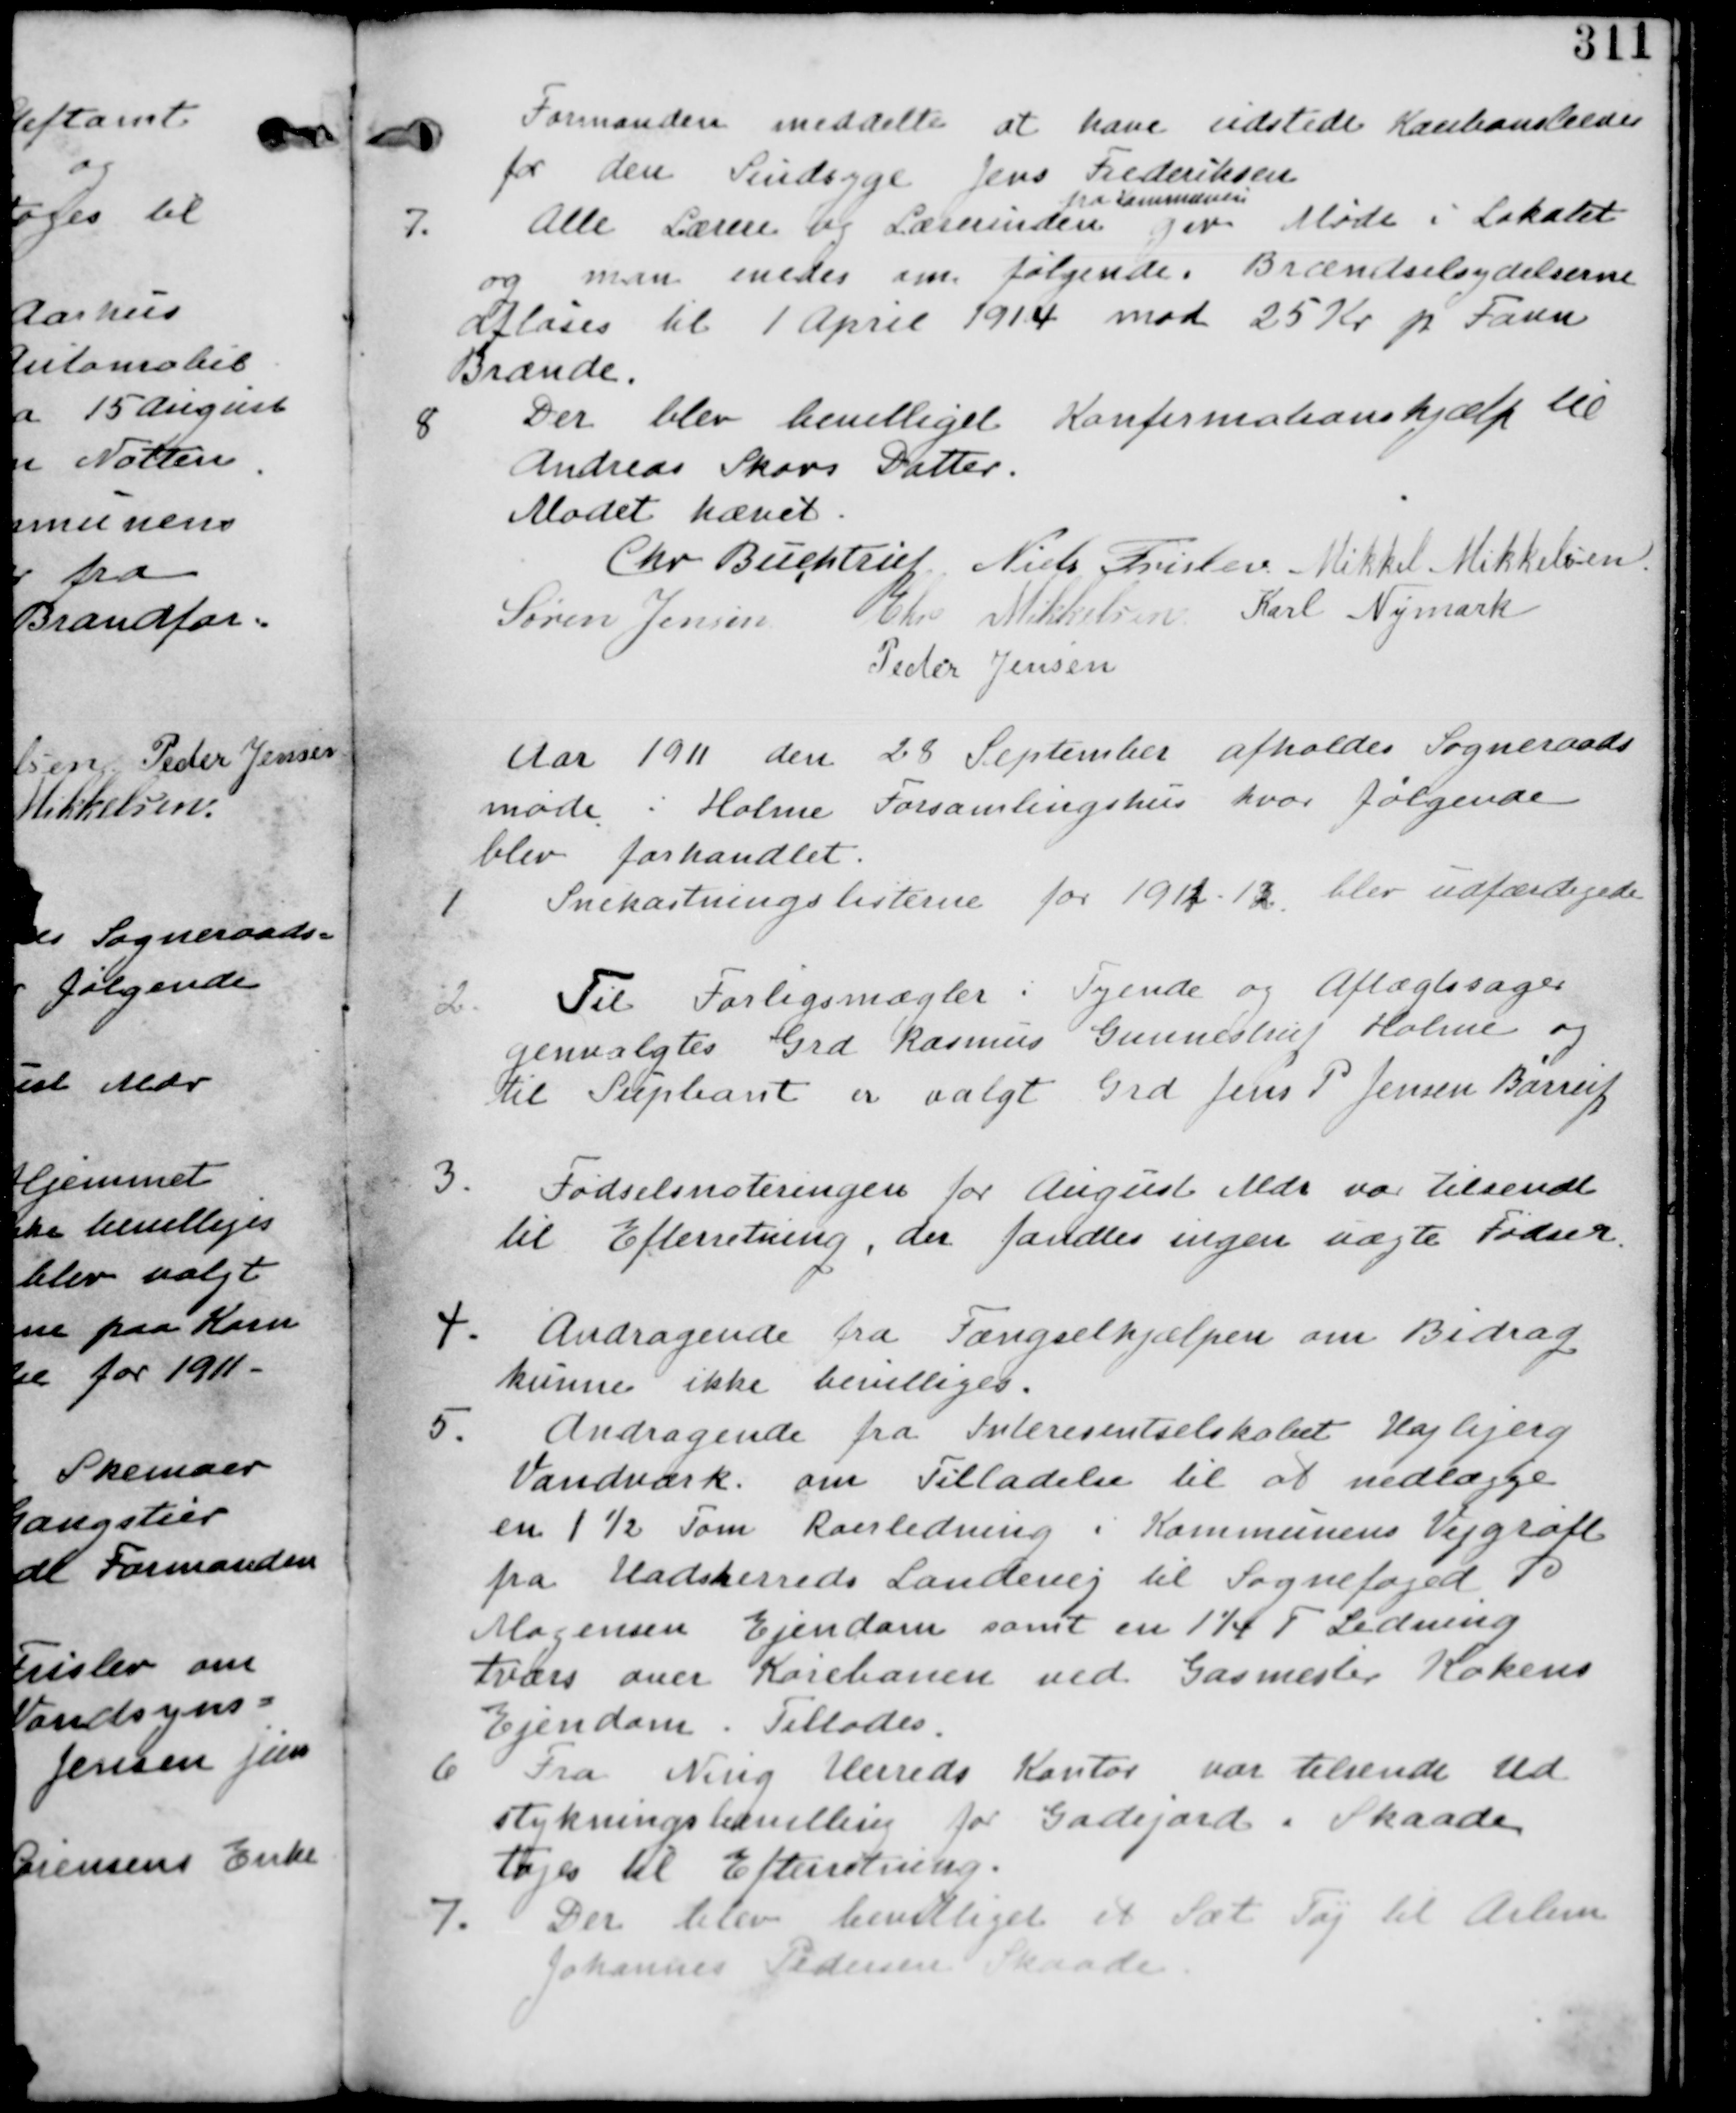
Transskription:
Formanden meddelte at have udstede Kautionsbrev
for den Sindsyge
Jens Frederiksen.

7.
Alle Lærere og Lærerinder
fra Kommunen
gav Møde i Lokalet
og man enedes om følgende. Brændselsydelserne
afløses til 1. April 1914 mod 25 Kr. pr. Faun
Brænde.

8.
Der blev bevilliget Konfirmationshjælp til
Andreas Skovs Datter.

Mødet hævet.

Niels Buchtrup, Niels Frislev, Mikkel Mikkelsen

Søren Jensen, Chr. Mikkelsen, Karl Nymark

Peder Jensen.

Aar 1911 den 28. September afholdes Sogneraads-
møde i Holme Forsamlingshus hvor følgende
blev forhandlet.

1. Snekastningslisterne for 1911-13 blev udfærdigede

2. Til Forligsmægler i Tyende og Aftægtssager
Genvalgtes Grd. Rasmus Gunneshøj Holme og
til Supleant er valgt Grd. Jens P. Jensen

3. Fødselsnoteringen for August Mdr. var tilsendt
til Efterretning, der fandtes ingen uægte Fødsler.

4. Andragende fra Fængselshjælpen om Bidrag
kunne ikke bevilliges.

5.
Andragende fra Interessentselskabet Kajbjerg
Vandværk. om Tilladelse til at nedlægge
en 1½ Tom Roerledning i Kommunens Vejgrøft
fra Hadsherreds Landevej til Sognefoged P
Mogensens Ejendom samt en 1 1/4 T. Ledning
tværs over Kørebanen ved Gasmester Kokens
Ejendom. Tillades.

6. Fra Ning Herreds Kontor var tilsendt Ud-
stykningsbevilling for Gadejord i Skaade.
Tages til Efterretning.

7.
Der blev bevilliget ét Sæt Tøj til Aelem
Johannes Pedersen Skaade